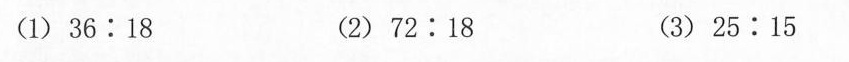
(1)$$3 6 : 1 8$$ (2)$$7 2 : 1 8$$ (3)$$2 5 : 1 5$$